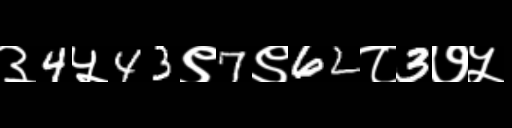
Text: ३4५43९7९62८3७५